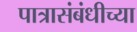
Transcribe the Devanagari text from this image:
पात्रासंबंधीच्या